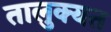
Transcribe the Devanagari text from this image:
तालुक्यत